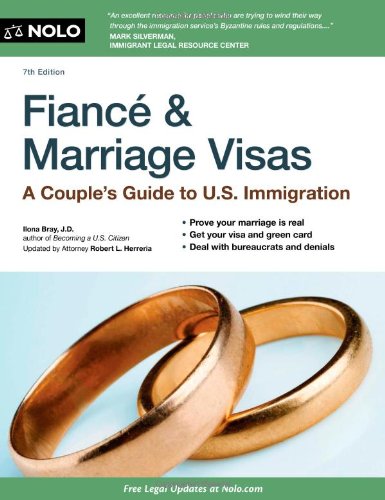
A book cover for Fiance and Marriage Visas: A Couple's Guide to US Immigration (Fiance & Marriage Visas); Ilona Bray; Law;